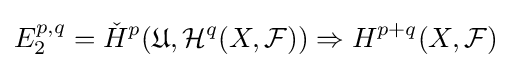
E_{2}^{p,q}={\check {H}}^{p}({\mathfrak {U}},{\mathcal {H}}^{q}(X,{\mathcal {F}}))\Rightarrow H^{p+q}(X,{\mathcal {F}})